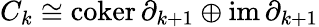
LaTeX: C_{k}\cong\operatorname{coker}\partial_{k+1}\oplus\operatorname{im}\partial_{k+1}